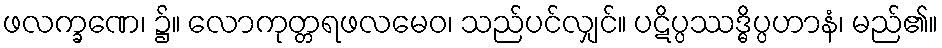
ဖလက္ခဏေ၊ ၌။ လောကုတ္တရဖလမေဝ၊ သည်ပင်လျှင်။ ပဋိပ္ပဿဒ္ဓိပ္ပဟာနံ၊ မည်၏။